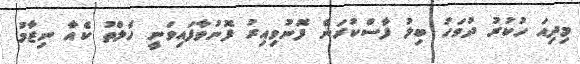
މިދިއަ ހުކުރު ދުވަހު ބިލު ފާސްކުރަން ފޮނުވިއިރު ފޮނުވާފައިވަނީ ހެލްތު ކެއާ ނިޒާމު